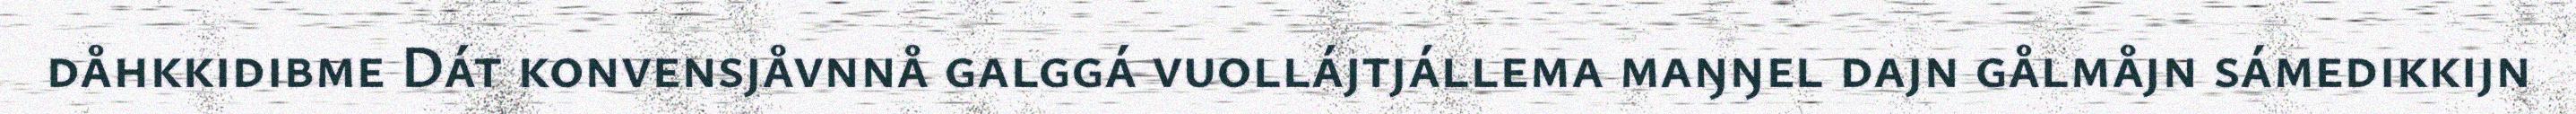
dåhkkidibme Dát konvensjåvnnå galggá vuollájtjállema maŋŋel dajn gålmåjn sámedikkijn